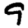
Digit: 9